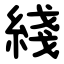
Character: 綫